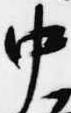
中